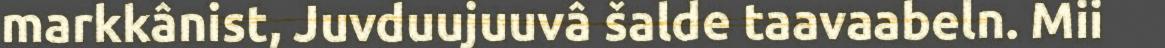
markkânist, Juvduujuuvâ šalde taavaabeln. Mii